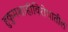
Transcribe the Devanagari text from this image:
हुकुमशाहीविरोधातील